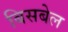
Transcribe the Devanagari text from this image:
बिसबेल